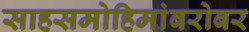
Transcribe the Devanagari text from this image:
साहसमोहिमांबरोबर